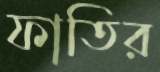
ফাতির